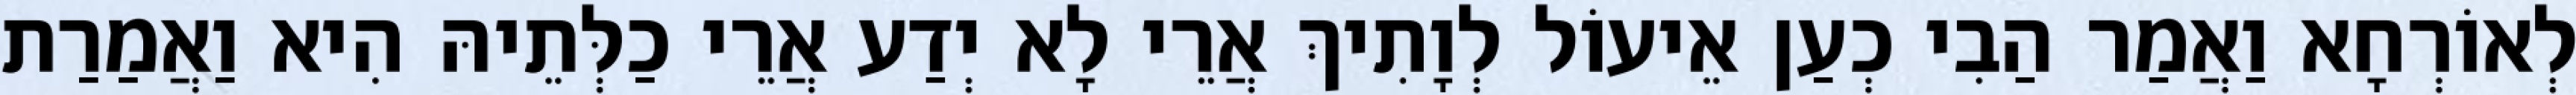
לְאוֹרְחָא וַאֲמַר הַבִי כְעַן אֵיעוֹל לְוָתִיךְ אֲרֵי לָא יְדַע אֲרֵי כַלְּתֵיהּ הִיא וַאֲמַרַת